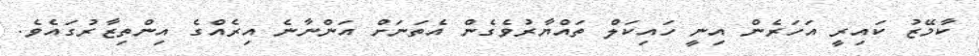
ކާމޭޒު ކައިރީ އަހަރެން އިނީ ހައިކަލް ތައްޔާރުވެގެން އެތަނަށް އަންނާނެ އިރެއްގެ އިންތިޒާރުގައެވެ.